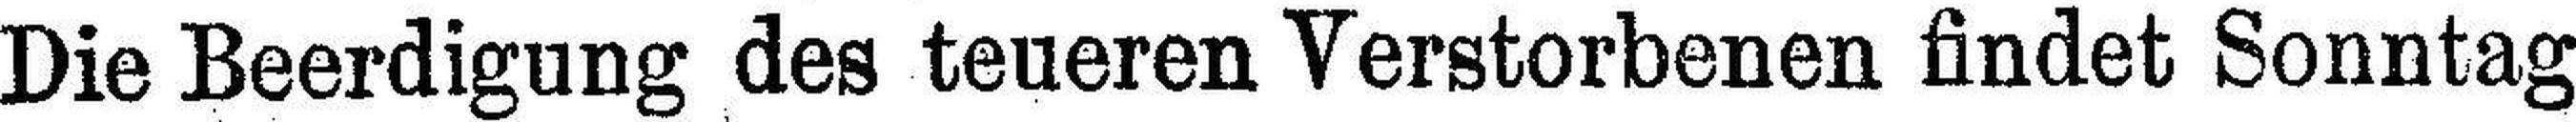
Die Beerdigung des teueren Verstorbenen findet Sonntag